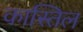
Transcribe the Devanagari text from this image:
कास्तिल